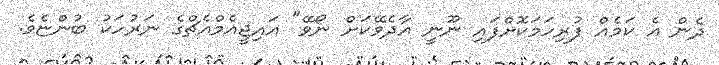
ދެން އެ ކަމެއް ފުރިހަމަކޮށްފައި ނޫނީ އާދެވޭކަށް ނޯވޭ" އައިޖީއެމްއެޗްގެ ނަރުހަކު ބުންޏެވެ.